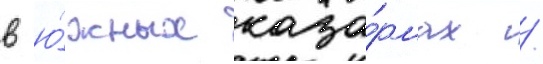
в ю́жных каза́рмах /